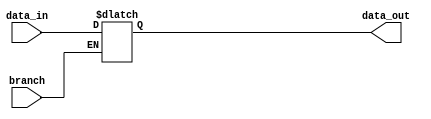
module pc(data_out,data_in,branch);
    
    output reg [31:0] data_out;
    input wire [31:0] data_in;
    input wire branch;
   
   always @(data_in,branch)
        begin          
              if(!branch)
                		data_out <= data_in;
              else
                	 data_out <= data_out;
         end 
endmodule